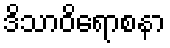
ဒိသာဝိရောစနာ